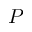
P